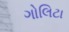
ગોલિટા